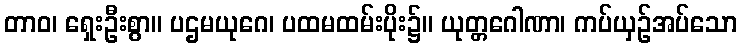
တာဝ၊ ရှေးဦးစွာ။ ပဌမယုဂေ၊ ပထမထမ်းပိုး၌။ ယုတ္တဂေါဏာ၊ ကပ်ယှဉ်အပ်သော